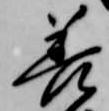
善